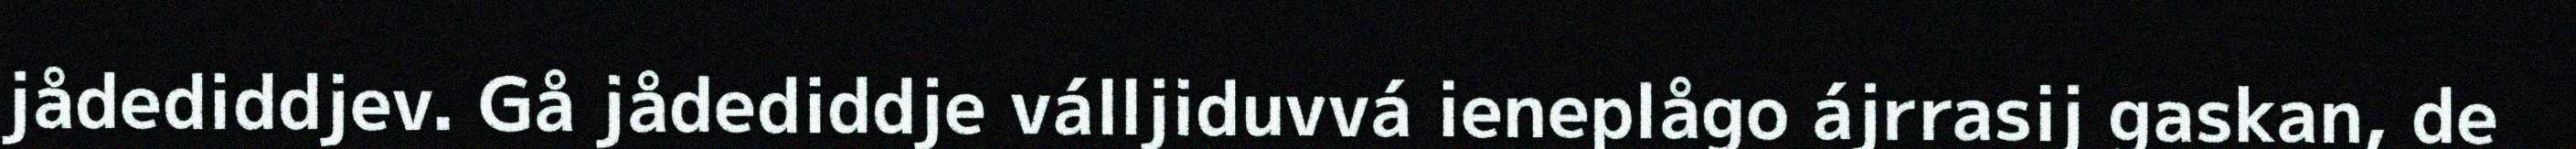
jådediddjev. Gå jådediddje válljiduvvá ieneplågo ájrrasij gaskan, de